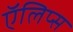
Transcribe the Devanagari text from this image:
ऍलिप्स